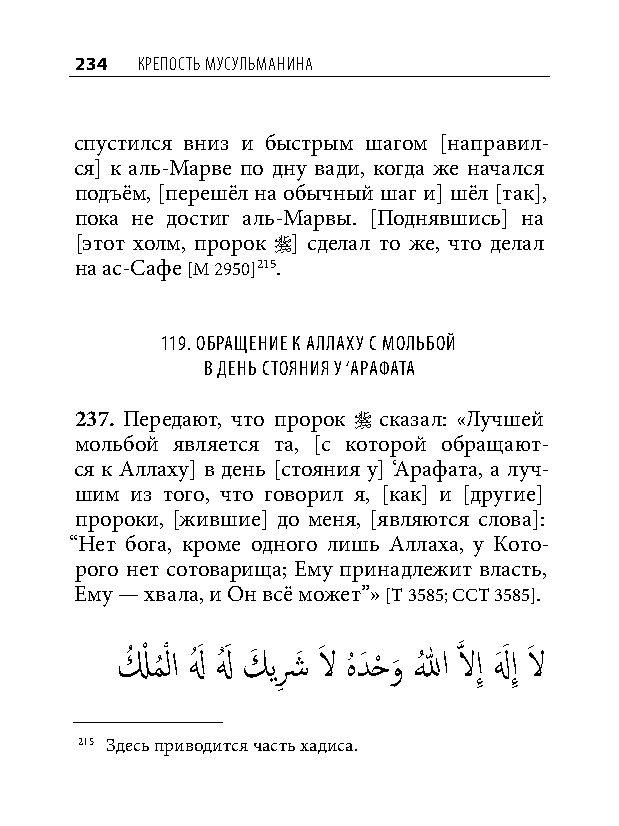
234 КреПость мусульманина
 спустился вниз и быстрым шагом [направил-
 ся] к аль-Марве по дну вади, когда же начался
 подъём, [перешёл на обычный шаг и] шёл [так],
 пока не достиг аль-Марвы. [Поднявшись] на
 [этот холм, пророк ] сделал то же, что делал
 на ас-Сафе [М 2950]215.
 119. обращение к аллаху С мольбой
 в день Стояния у ‘арафата
 237. Передают, что пророк  сказал: «Лучшей
 мольбой является та, [с которой обращают-
 ся к Аллаху] в день [стояния у] ‘Арафата, а луч-
 шим из того, что говорил я, [как] и [другие]
 пророки, [жившие] до меня, [являются слова]:
 “Нет бога, кроме одного лишь Аллаха, у Кото-
 рого нет сотоварища; Ему принадлежит власть,
 Ему — хвала, и Он всё может”» [Т 3585; ССТ 3585].
 لُ ْ مُ ْ لا لهُ َ لهُ َ كَ يشِ َ لاَ هُ دَ حْ و
 َ
 اللهُ َّذ لاإِ لهَ َ إِ لاَ
 215 Здесь приводится часть хадиса.